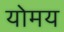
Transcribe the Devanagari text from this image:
योमय